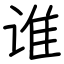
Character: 谁